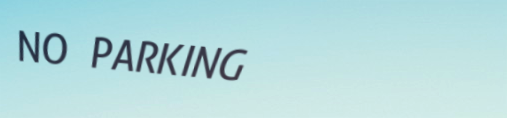
NO PARKING